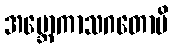
အဗ္ဘောကာသဂတောပိ